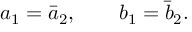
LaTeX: a _ { 1 } = \bar { a } _ { 2 } , \qquad b _ { 1 } = \bar { b } _ { 2 } .